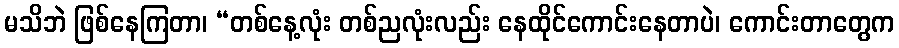
မသိဘဲ ဖြစ်နေကြတာ၊ “တစ်နေ့လုံး တစ်ညလုံးလည်း နေထိုင်ကောင်းနေတာပဲ၊ ကောင်းတာတွေက